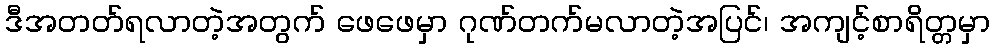
ဒီအတတ်ရလာတဲ့အတွက် ဖေဖေမှာ ဂုဏ်တက်မလာတဲ့အပြင်၊ အကျင့်စာရိတ္တမှာ